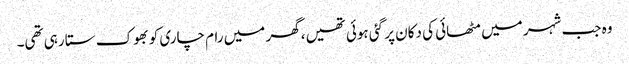
وہ جب شہر میں مٹھائی کی دکان پر گئی ہوئی تھیں، گھر میں رام چاری کو بھوک ستا رہی تھی۔